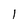
Character: I